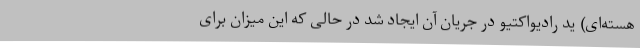
هسته‌ای) ید رادیواکتیو در جریان آن ایجاد شد در حالی که این میزان برای